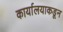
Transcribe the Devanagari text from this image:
कार्यालयाकडून